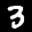
Label: 3